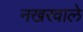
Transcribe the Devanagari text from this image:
नखरवाले